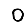
Digit: 0